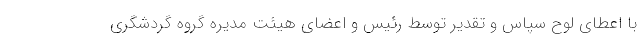
با اعطای لوح سپاس و تقدیر توسط رئیس و اعضای هیئت مدیره گروه گردشگری